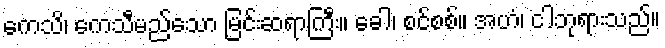
ကေသိ၊ ကေသီမည်သော မြင်းဆရာကြီး။ ခေါ၊ စင်စစ်။ အဟံ၊ ငါဘုရားသည်။